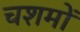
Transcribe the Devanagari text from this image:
चशमों